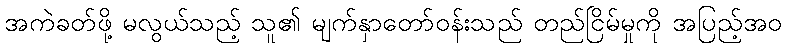
အကဲခတ်ဖို့ မလွယ်သည့် သူ၏ မျက်နှာတော်ဝန်းသည် တည်ငြိမ်မှုကို အပြည့်အဝ